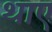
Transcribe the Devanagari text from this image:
थाए